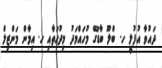
ދައުވާ އުފުލީ ހ. ބްލޫ ބާޑުގޭ މުހައްމަދު މިދުހަތާއި ހ. އިމާން މަންޒިލް